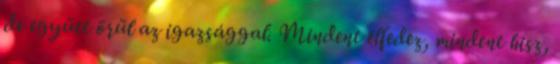
de együtt örül az igazsággal. Mindent elfedez, mindent hisz,